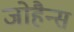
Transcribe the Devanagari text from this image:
जोहैन्स